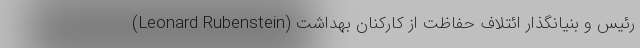
(Leonard Rubenstein) رئیس و بنیانگذار ائتلاف حفاظت از کارکنان بهداشت